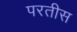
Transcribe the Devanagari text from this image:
परतीस